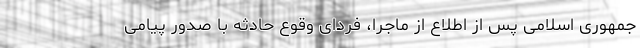
جمهوری اسلامی پس از اطلاع از ماجرا، فردای وقوع حادثه با صدور پیامی